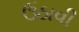
ઉઠાવી